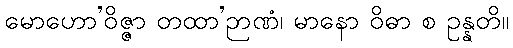
မောဟော’ဝိဇ္ဇာ တထာ’ဉာဏံ၊ မာနော ဝိဓာ စ ဥန္နတိ။